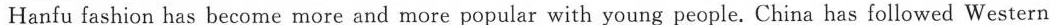
Hanfu fashion has become more and more popular with young people. China has followed Western